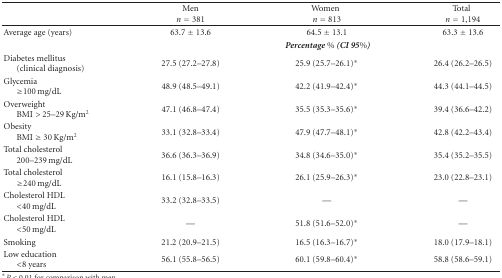
<table><thead><tr><td></td><td><b>Men<i>n</i> = 381</b></td><td><b>Women<i>n</i> = 813</b></td><td><b>Total<i>n</i> = 1,194</b></td></tr></thead><tbody><tr><td>Average age (years)</td><td>63.7 ± 13.6</td><td>64.5 ± 13.1</td><td>63.3 ± 13.6</td></tr><tr><td></td><td colspan="3"><b><i>Percentage % (CI 95%)</i></b></td></tr><tr><td>Diabetes mellitus (clinical diagnosis)</td><td>27.5 (27.2–27.8)</td><td>25.9 (25.7–26.1)*</td><td>26.4 (26.2–26.5)</td></tr><tr><td>Glycemia≥100 mg/dL</td><td>48.9 (48.5–49.1)</td><td>42.2 (41.9–42.4)*</td><td>44.3 (44.1–44.5)</td></tr><tr><td>OverweightBMI &gt; 25–29 Kg/m<sup>2</sup></td><td>47.1 (46.8–47.4)</td><td>35.5 (35.3–35.6)*</td><td>39.4 (36.6–42.2)</td></tr><tr><td>ObesityBMI ≥ 30 Kg/m<sup>2</sup></td><td>33.1 (32.8–33.4)</td><td>47.9 (47.7–48.1)*</td><td>42.8 (42.2–43.4)</td></tr><tr><td>Total cholesterol 200–239 mg/dL</td><td>36.6 (36.3–36.9)</td><td>34.8 (34.6–35.0)*</td><td>35.4 (35.2–35.5)</td></tr><tr><td>Total cholesterol≥240 mg/dL</td><td>16.1 (15.8–16.3)</td><td>26.1 (25.9–26.3)*</td><td>23.0 (22.8–23.1)</td></tr><tr><td>Cholesterol HDL&lt;40 mg/dL</td><td>33.2 (32.8–33.5)</td><td>—</td><td>—</td></tr><tr><td>Cholesterol HDL&lt;50 mg/dL</td><td>—</td><td>51.8 (51.6–52.0)*</td><td>—</td></tr><tr><td>Smoking</td><td>21.2 (20.9–21.5)</td><td>16.5 (16.3–16.7)*</td><td>18.0 (17.9–18.1)</td></tr><tr><td>Low education&lt;8 years</td><td>56.1 (55.8–56.5)</td><td>60.1 (59.8–60.4)*</td><td>58.8 (58.6–59.1)</td></tr></tbody></table>